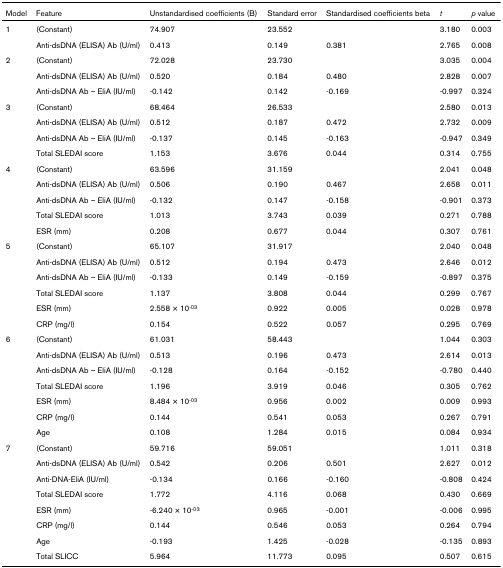
<table><thead><tr><td><b>Model</b></td><td><b>Feature</b></td><td><b>Unstandardised coefficients (B)</b></td><td><b>Standard error</b></td><td><b>Standardised coefficients beta</b></td><td><b><i>t</i></b></td><td><b><i>p </i>value</b></td></tr></thead><tbody><tr><td>1</td><td>(Constant)</td><td>74.907</td><td>23.552</td><td></td><td>3.180</td><td>0.003</td></tr><tr><td></td><td>Anti-dsDNA (ELISA) Ab (U/ml)</td><td>0.413</td><td>0.149</td><td>0.381</td><td>2.765</td><td>0.008</td></tr><tr><td>2</td><td>(Constant)</td><td>72.028</td><td>23.730</td><td></td><td>3.035</td><td>0.004</td></tr><tr><td></td><td>Anti-dsDNA (ELISA) Ab (U/ml)</td><td>0.520</td><td>0.184</td><td>0.480</td><td>2.828</td><td>0.007</td></tr><tr><td></td><td>Anti-dsDNA Ab – EliA (IU/ml)</td><td>-0.142</td><td>0.142</td><td>-0.169</td><td>-0.997</td><td>0.324</td></tr><tr><td>3</td><td>(Constant)</td><td>68.464</td><td>26.533</td><td></td><td>2.580</td><td>0.013</td></tr><tr><td></td><td>Anti-dsDNA (ELISA) Ab (U/ml)</td><td>0.512</td><td>0.187</td><td>0.472</td><td>2.732</td><td>0.009</td></tr><tr><td></td><td>Anti-dsDNA Ab – EliA (IU/ml)</td><td>-0.137</td><td>0.145</td><td>-0.163</td><td>-0.947</td><td>0.349</td></tr><tr><td></td><td>Total SLEDAI score</td><td>1.153</td><td>3.676</td><td>0.044</td><td>0.314</td><td>0.755</td></tr><tr><td>4</td><td>(Constant)</td><td>63.596</td><td>31.159</td><td></td><td>2.041</td><td>0.048</td></tr><tr><td></td><td>Anti-dsDNA (ELISA) Ab (U/ml)</td><td>0.506</td><td>0.190</td><td>0.467</td><td>2.658</td><td>0.011</td></tr><tr><td></td><td>Anti-dsDNA Ab – EliA (IU/ml)</td><td>-0.132</td><td>0.147</td><td>-0.158</td><td>-0.901</td><td>0.373</td></tr><tr><td></td><td>Total SLEDAI score</td><td>1.013</td><td>3.743</td><td>0.039</td><td>0.271</td><td>0.788</td></tr><tr><td></td><td>ESR (mm)</td><td>0.208</td><td>0.677</td><td>0.044</td><td>0.307</td><td>0.761</td></tr><tr><td>5</td><td>(Constant)</td><td>65.107</td><td>31.917</td><td></td><td>2.040</td><td>0.048</td></tr><tr><td></td><td>Anti-dsDNA (ELISA) Ab (U/ml)</td><td>0.512</td><td>0.194</td><td>0.473</td><td>2.646</td><td>0.012</td></tr><tr><td></td><td>Anti-dsDNA Ab – EliA (IU/ml)</td><td>-0.133</td><td>0.149</td><td>-0.159</td><td>-0.897</td><td>0.375</td></tr><tr><td></td><td>Total SLEDAI score</td><td>1.137</td><td>3.808</td><td>0.044</td><td>0.299</td><td>0.767</td></tr><tr><td></td><td>ESR (mm)</td><td>2.558 × 10<sup>-03</sup></td><td>0.922</td><td>0.005</td><td>0.028</td><td>0.978</td></tr><tr><td></td><td>CRP (mg/l)</td><td>0.154</td><td>0.522</td><td>0.057</td><td>0.295</td><td>0.769</td></tr><tr><td>6</td><td>(Constant)</td><td>61.031</td><td>58.443</td><td></td><td>1.044</td><td>0.303</td></tr><tr><td></td><td>Anti-dsDNA (ELISA) Ab (U/ml)</td><td>0.513</td><td>0.196</td><td>0.473</td><td>2.614</td><td>0.013</td></tr><tr><td></td><td>Anti-dsDNA Ab – EliA (IU/ml)</td><td>-0.128</td><td>0.164</td><td>-0.152</td><td>-0.780</td><td>0.440</td></tr><tr><td></td><td>Total SLEDAI score</td><td>1.196</td><td>3.919</td><td>0.046</td><td>0.305</td><td>0.762</td></tr><tr><td></td><td>ESR (mm)</td><td>8.484 × 10<sup>-03</sup></td><td>0.956</td><td>0.002</td><td>0.009</td><td>0.993</td></tr><tr><td></td><td>CRP (mg/l)</td><td>0.144</td><td>0.541</td><td>0.053</td><td>0.267</td><td>0.791</td></tr><tr><td></td><td>Age</td><td>0.108</td><td>1.284</td><td>0.015</td><td>0.084</td><td>0.934</td></tr><tr><td>7</td><td>(Constant)</td><td>59.716</td><td>59.051</td><td></td><td>1.011</td><td>0.318</td></tr><tr><td></td><td>Anti-dsDNA (ELISA) Ab (U/ml)</td><td>0.542</td><td>0.206</td><td>0.501</td><td>2.627</td><td>0.012</td></tr><tr><td></td><td>Anti-DNA-EliA (IU/ml)</td><td>-0.134</td><td>0.166</td><td>-0.160</td><td>-0.808</td><td>0.424</td></tr><tr><td></td><td>Total SLEDAI score</td><td>1.772</td><td>4.116</td><td>0.068</td><td>0.430</td><td>0.669</td></tr><tr><td></td><td>ESR (mm)</td><td>-6.240 × 10<sup>-03</sup></td><td>0.965</td><td>-0.001</td><td>-0.006</td><td>0.995</td></tr><tr><td></td><td>CRP (mg/l)</td><td>0.144</td><td>0.546</td><td>0.053</td><td>0.264</td><td>0.794</td></tr><tr><td></td><td>Age</td><td>-0.193</td><td>1.425</td><td>-0.028</td><td>-0.135</td><td>0.893</td></tr><tr><td></td><td>Total SLICC</td><td>5.964</td><td>11.773</td><td>0.095</td><td>0.507</td><td>0.615</td></tr></tbody></table>